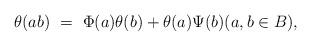
LaTeX: \begin{align*}\theta(ab)\ =\ \Phi(a)\theta(b) + \theta(a)\Psi(b) (a,b\in B), \end{align*}